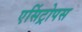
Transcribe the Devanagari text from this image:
एसिंट्रोपस